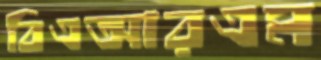
বিএআরএম